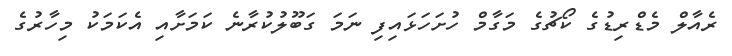
ރެއާލް މެޑްރިޑުގެ ކޯޗުގެ މަގާމް ހުށަހަޅައިފި ނަމަ ގަބޫލުކުރާނެ ކަމަށާއި އެކަމަކު މިހާރުގެ